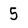
Character: 5